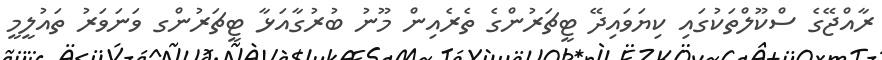
ރާއްޖޭގެ ސްކޫލްތަކުގައި ކިޔަވައިދޭ ޓީޗަރުންގެ ތެރެއިން މޫނު ބުރުގާއަޅާ ޓީޗަރުންގ ވަނަވަރު ތައުލީމީ